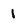
Character: I